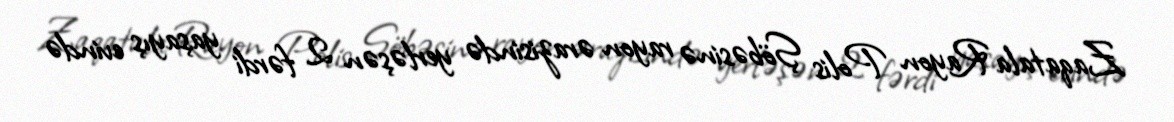
Zaqatala Rayon Polis Şöbəsinə rayon ərazisində yerləşən 2 fərdi yaşayış evində